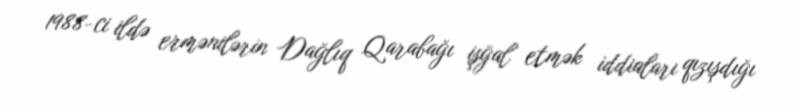
1988-ci ildə ermənilərin Dağlıq Qarabağı işğal etmək iddiaları qızışdığı